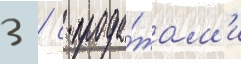
3 / с прода́жам'и